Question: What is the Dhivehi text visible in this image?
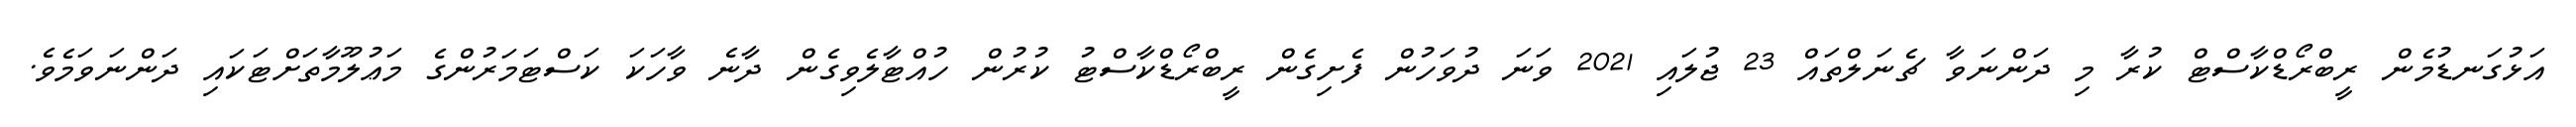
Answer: އަޅުގަނޑުމެން ރީބްރޯޑްކާސްޓް ކުރާ މި ދަންނަވާ ޗެނަލްތައް 23 ޖުލައި 2021 ވަނަ ދުވަހުން ފެށިގެން ރީބްރޯޑްކާސްޓު ކުރުން ހުއްޓާލެވިގެން ދާނެ ވާހަކަ ކަސްޓަމަރުންގެ މަޢުލޫމާތަށްޓަކައި ދަންނަވަމެވެ.